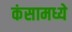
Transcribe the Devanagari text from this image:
कंसामध्ये